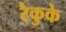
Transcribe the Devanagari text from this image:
रैकुके